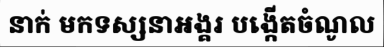
នាក់ មកទស្សនាអង្គរ បង្កើតចំណូល